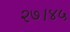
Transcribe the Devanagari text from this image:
२७।४५